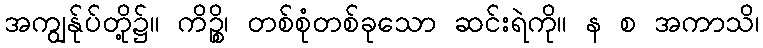
အကျွန်ုပ်တို့၌။ ကိဉ္စိ၊ တစ်စုံတစ်ခုသော ဆင်းရဲကို။ န စ အကာသိ၊